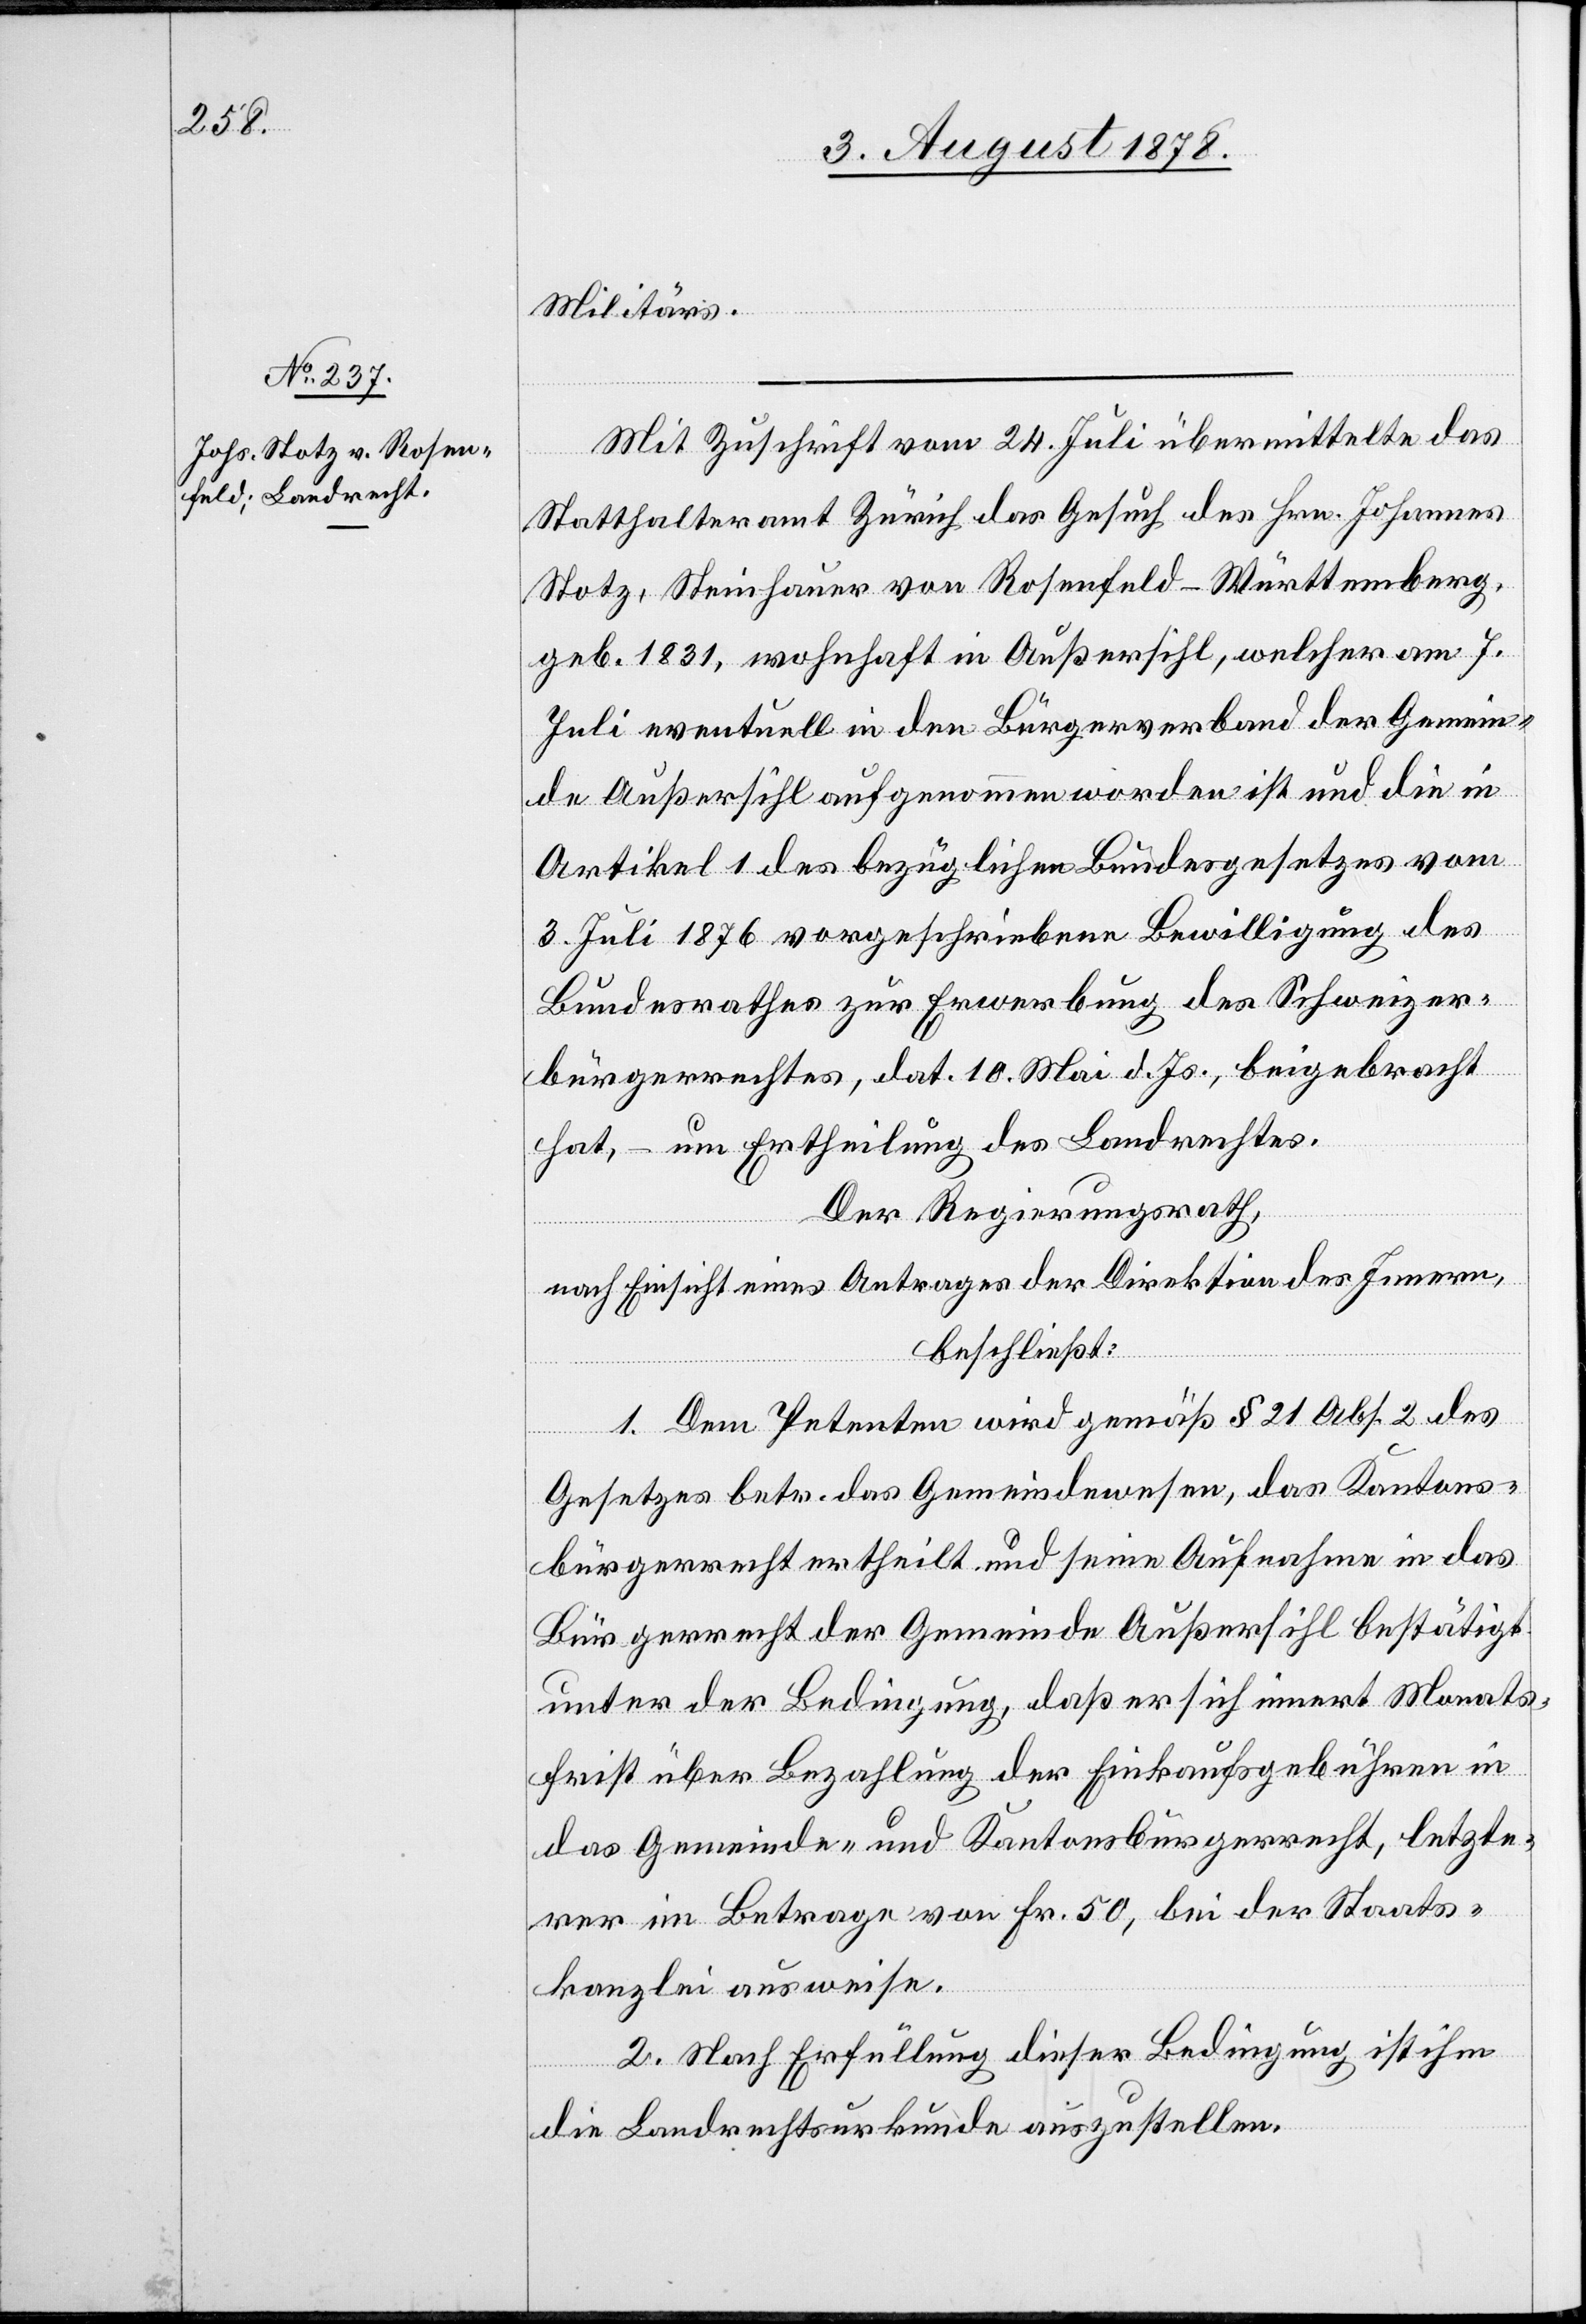
Militärs.
Mit Zuschrift vom 24. Juli übermittelte das
Statthalteramt Zürich das Gesuch des Hrn. Johannes
Notz, Steinhauer von Rosenfeld - Württemberg,
geb. 1831, wohnhaft in Außersihl, welcher am 7.
Juli eventuell in den Bürgerverband der Gemein¬
de Außersihl aufgenommen worden ist und die in
Art. 1 des bezüglichen Bundesgesetzes vom
3. Juli 1876 vorgeschriebene Bewilligung des
Bundesrathes zur Erwerbung des Schweizer¬
bürgerrechtes, dat. 10. Mai d. Js. beigebracht
hat, – um Ertheilung des Landrechtes.
Der Regierungsrath,
nach Einsicht eines Antrages der Direktion des Innern,
beschließt:
1. Dem Petenten wird gemäß § 21 Abs. 2 des
Gesetzes betr. das Gemeindewesen, das Kantons¬
bürgerrecht ertheilt und seine Aufnahme in das
Bürgerrecht der Gemeinde Außersihl bestätigt
unter der Bedingung, daß er sich innert Monats¬
frist über Bezahlung der Einkaufsgebühren in
das Gemeinde- und Kantonsbürgerrecht, letzte¬
rer im Betrage von Fr. 50, bei der Staats¬
kanzlei ausweise.
2. Nach Erfüllung dieser Bedingung ist ihm
die Landrechtsurkunde auszustellen.